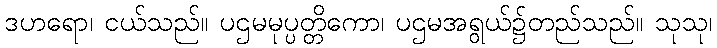
ဒဟရော၊ ငယ်သည်။ ပဌမမုပ္ပတ္တိကော၊ ပဌမအရွယ်၌တည်သည်။ သုသု၊